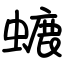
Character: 螰